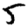
Digit: 5